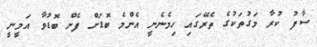
ސާފު ކުރާ މަގުތަކުގެ ތެރޭގައި ހިމެނެނީ އެންމެ ބޮޑަށް ފެން ބޮޑުވާ އަމީނީ